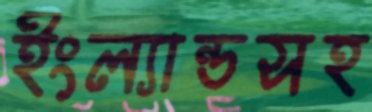
ইংল্যান্ডসহ